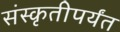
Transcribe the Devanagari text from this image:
संस्कृतीपर्यंत